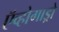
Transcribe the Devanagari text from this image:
ऍव्होगाड्रो